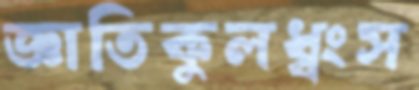
জ্ঞাতিকুলধ্বংস